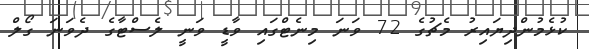
ކުޅެމުންދިޔައިރު މެޗުގެ 72 ވަނަ މިނެޓްގައި ވާޑީ ވަނީ ލެސްޓާގެ ދެވަނަ ގޯލް